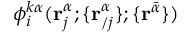
\phi _ { i } ^ { k \alpha } ( \mathbf { r } _ { j } ^ { \alpha } ; \{ \mathbf { r } _ { / j } ^ { \alpha } \} ; \{ \mathbf { r } ^ { \bar { \alpha } } \} )